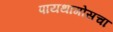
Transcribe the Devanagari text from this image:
पायथागोसचा